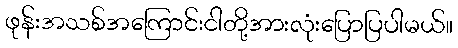
ဖုန်းအသစ်အကြောင်းငါတို့အားလုံးပြောပြပါမယ်။